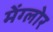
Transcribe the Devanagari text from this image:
मेंग्लोर